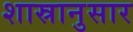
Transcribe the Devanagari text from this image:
शास्रानुसार